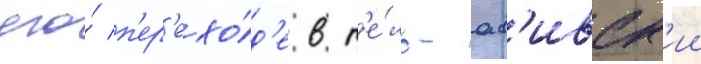
его́ п'ер'ехо́д'е в т'е́ль-ав'ивск'ии